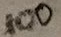
Text: 100